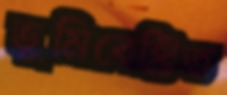
ভূমিবেষ্টিত